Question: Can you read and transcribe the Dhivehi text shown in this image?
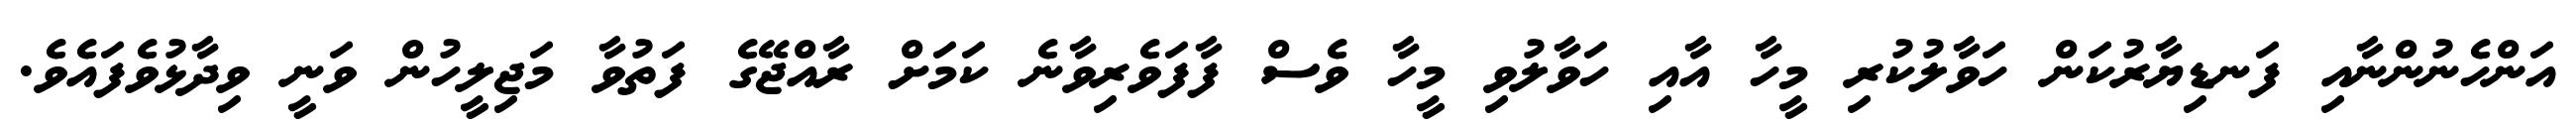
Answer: އަންހެނުންނާއި ފަނޑިޔާރުކަން ހަވާލުކުރި މީހާ އާއި ހަވާލުވި މީހާ ވެސް ފާފަވެރިވާނެ ކަމަށް ރާއްޖޭގެ ފަތުވާ މަޖިލީހުން ވަނީ ވިދާޅުވެފައެވެ.